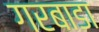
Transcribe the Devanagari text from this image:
गरबाडा